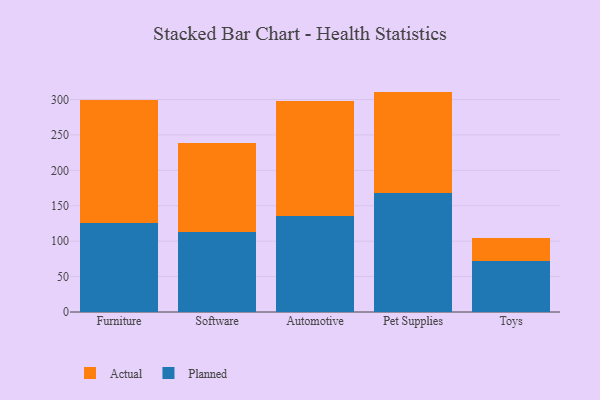
{"axis": {"x": "Category", "y": "Revenue (USD Million)"}, "legend": ["Actual", "Planned"], "data": [{"x": "Furniture", "y": 125.5, "type": "Planned"}, {"x": "Furniture", "y": 174.4, "type": "Actual"}, {"x": "Software", "y": 113.0, "type": "Planned"}, {"x": "Software", "y": 125.0, "type": "Actual"}, {"x": "Automotive", "y": 135.0, "type": "Planned"}, {"x": "Automotive", "y": 162.6, "type": "Actual"}, {"x": "Pet Supplies", "y": 168.6, "type": "Planned"}, {"x": "Pet Supplies", "y": 142.6, "type": "Actual"}, {"x": "Toys", "y": 71.6, "type": "Planned"}, {"x": "Toys", "y": 33.5, "type": "Actual"}]}